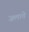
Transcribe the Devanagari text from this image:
जलावे